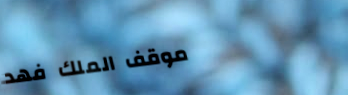
موقف الملك فهد